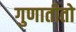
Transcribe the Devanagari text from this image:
गुणातीतो